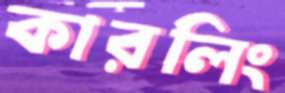
কারলিং